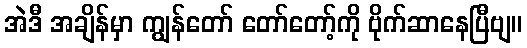
အဲဒီ အချိန်မှာ ကျွန်တော် တော်တော့်ကို ဗိုက်ဆာနေပြီဗျ။